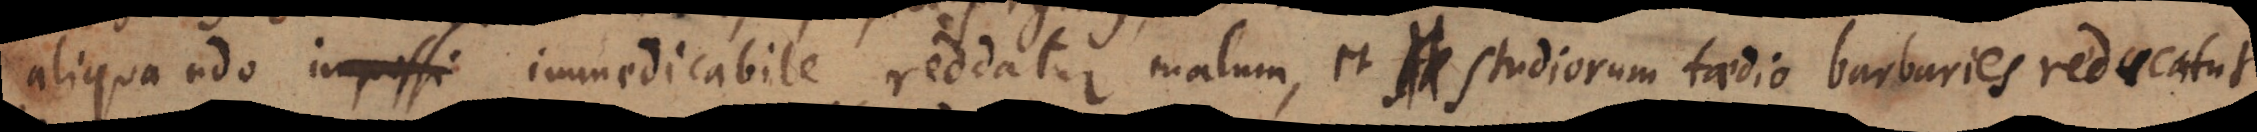
aliquando impossi immedicabile reddatur malum, et studiorum taedio barbaries reducatur